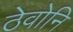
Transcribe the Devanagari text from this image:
ठेवोनि